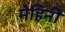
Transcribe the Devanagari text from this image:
मेहिनी